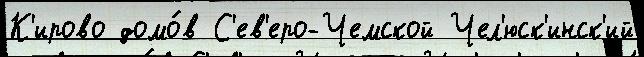
К'ирово домо́в С'ев'еро-Чемской Чел'юск'инск'ий